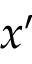
x ^ { \prime }